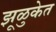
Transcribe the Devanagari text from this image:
झूळुकेत